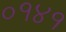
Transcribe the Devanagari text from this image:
०१४१